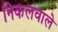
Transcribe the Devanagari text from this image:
निकलवाले